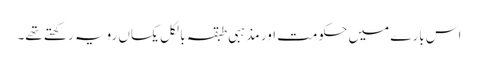
اس بارے میں حکومت اور مذہبی طبقہ بالکل یکساں رویہ رکھتے تھے۔